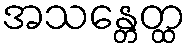
အသန္တေတ္ထ